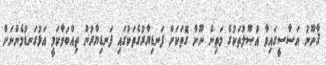
ޤާނޫނު އަސާސީގައިވާ އުޞޫލުތަކުގެ މަތިން ނޫން ގޮތަކަށް ފަނޑިޔާރުގެތަކުގައި ފަނޑިޔާރުން ތިއްބަވާކަމީ އަޅުގަނޑުމެންނަށް